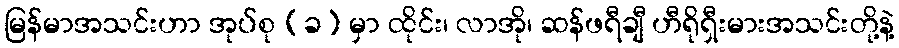
မြန်မာအသင်းဟာ အုပ်စု (ခ) မှာ ထိုင်း၊ လာအို၊ ဆန်ဖရီချီ ဟီရိုရှီးမားအသင်းတို့နဲ့